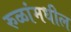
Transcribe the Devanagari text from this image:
रुळांमधील